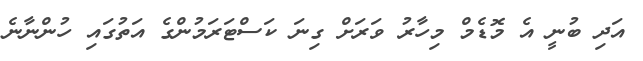
އަދި ބުނީ އެ މޮޑެމް މިހާރު ވަރަށް ގިނަ ކަސްޓަރަމުންގެ އަތުގައި ހުންނާނެ